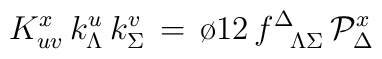
K^x_{uv} \, k^u_\Lambda \, k^v_\Sigma \, = \, {\o{1}{2}} \,f^{\Delta}_{\phantom{\Delta}\Lambda\Sigma}\, {\cal P}_\Delta^{x}